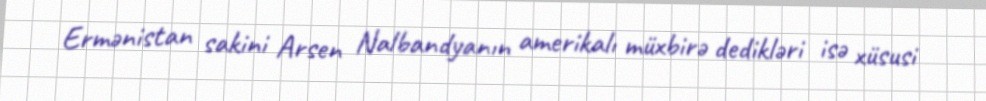
Ermənistan sakini Arsen Nalbandyanın amerikalı müxbirə dedikləri isə xüsusi